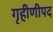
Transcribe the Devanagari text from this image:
गृहीणीपद